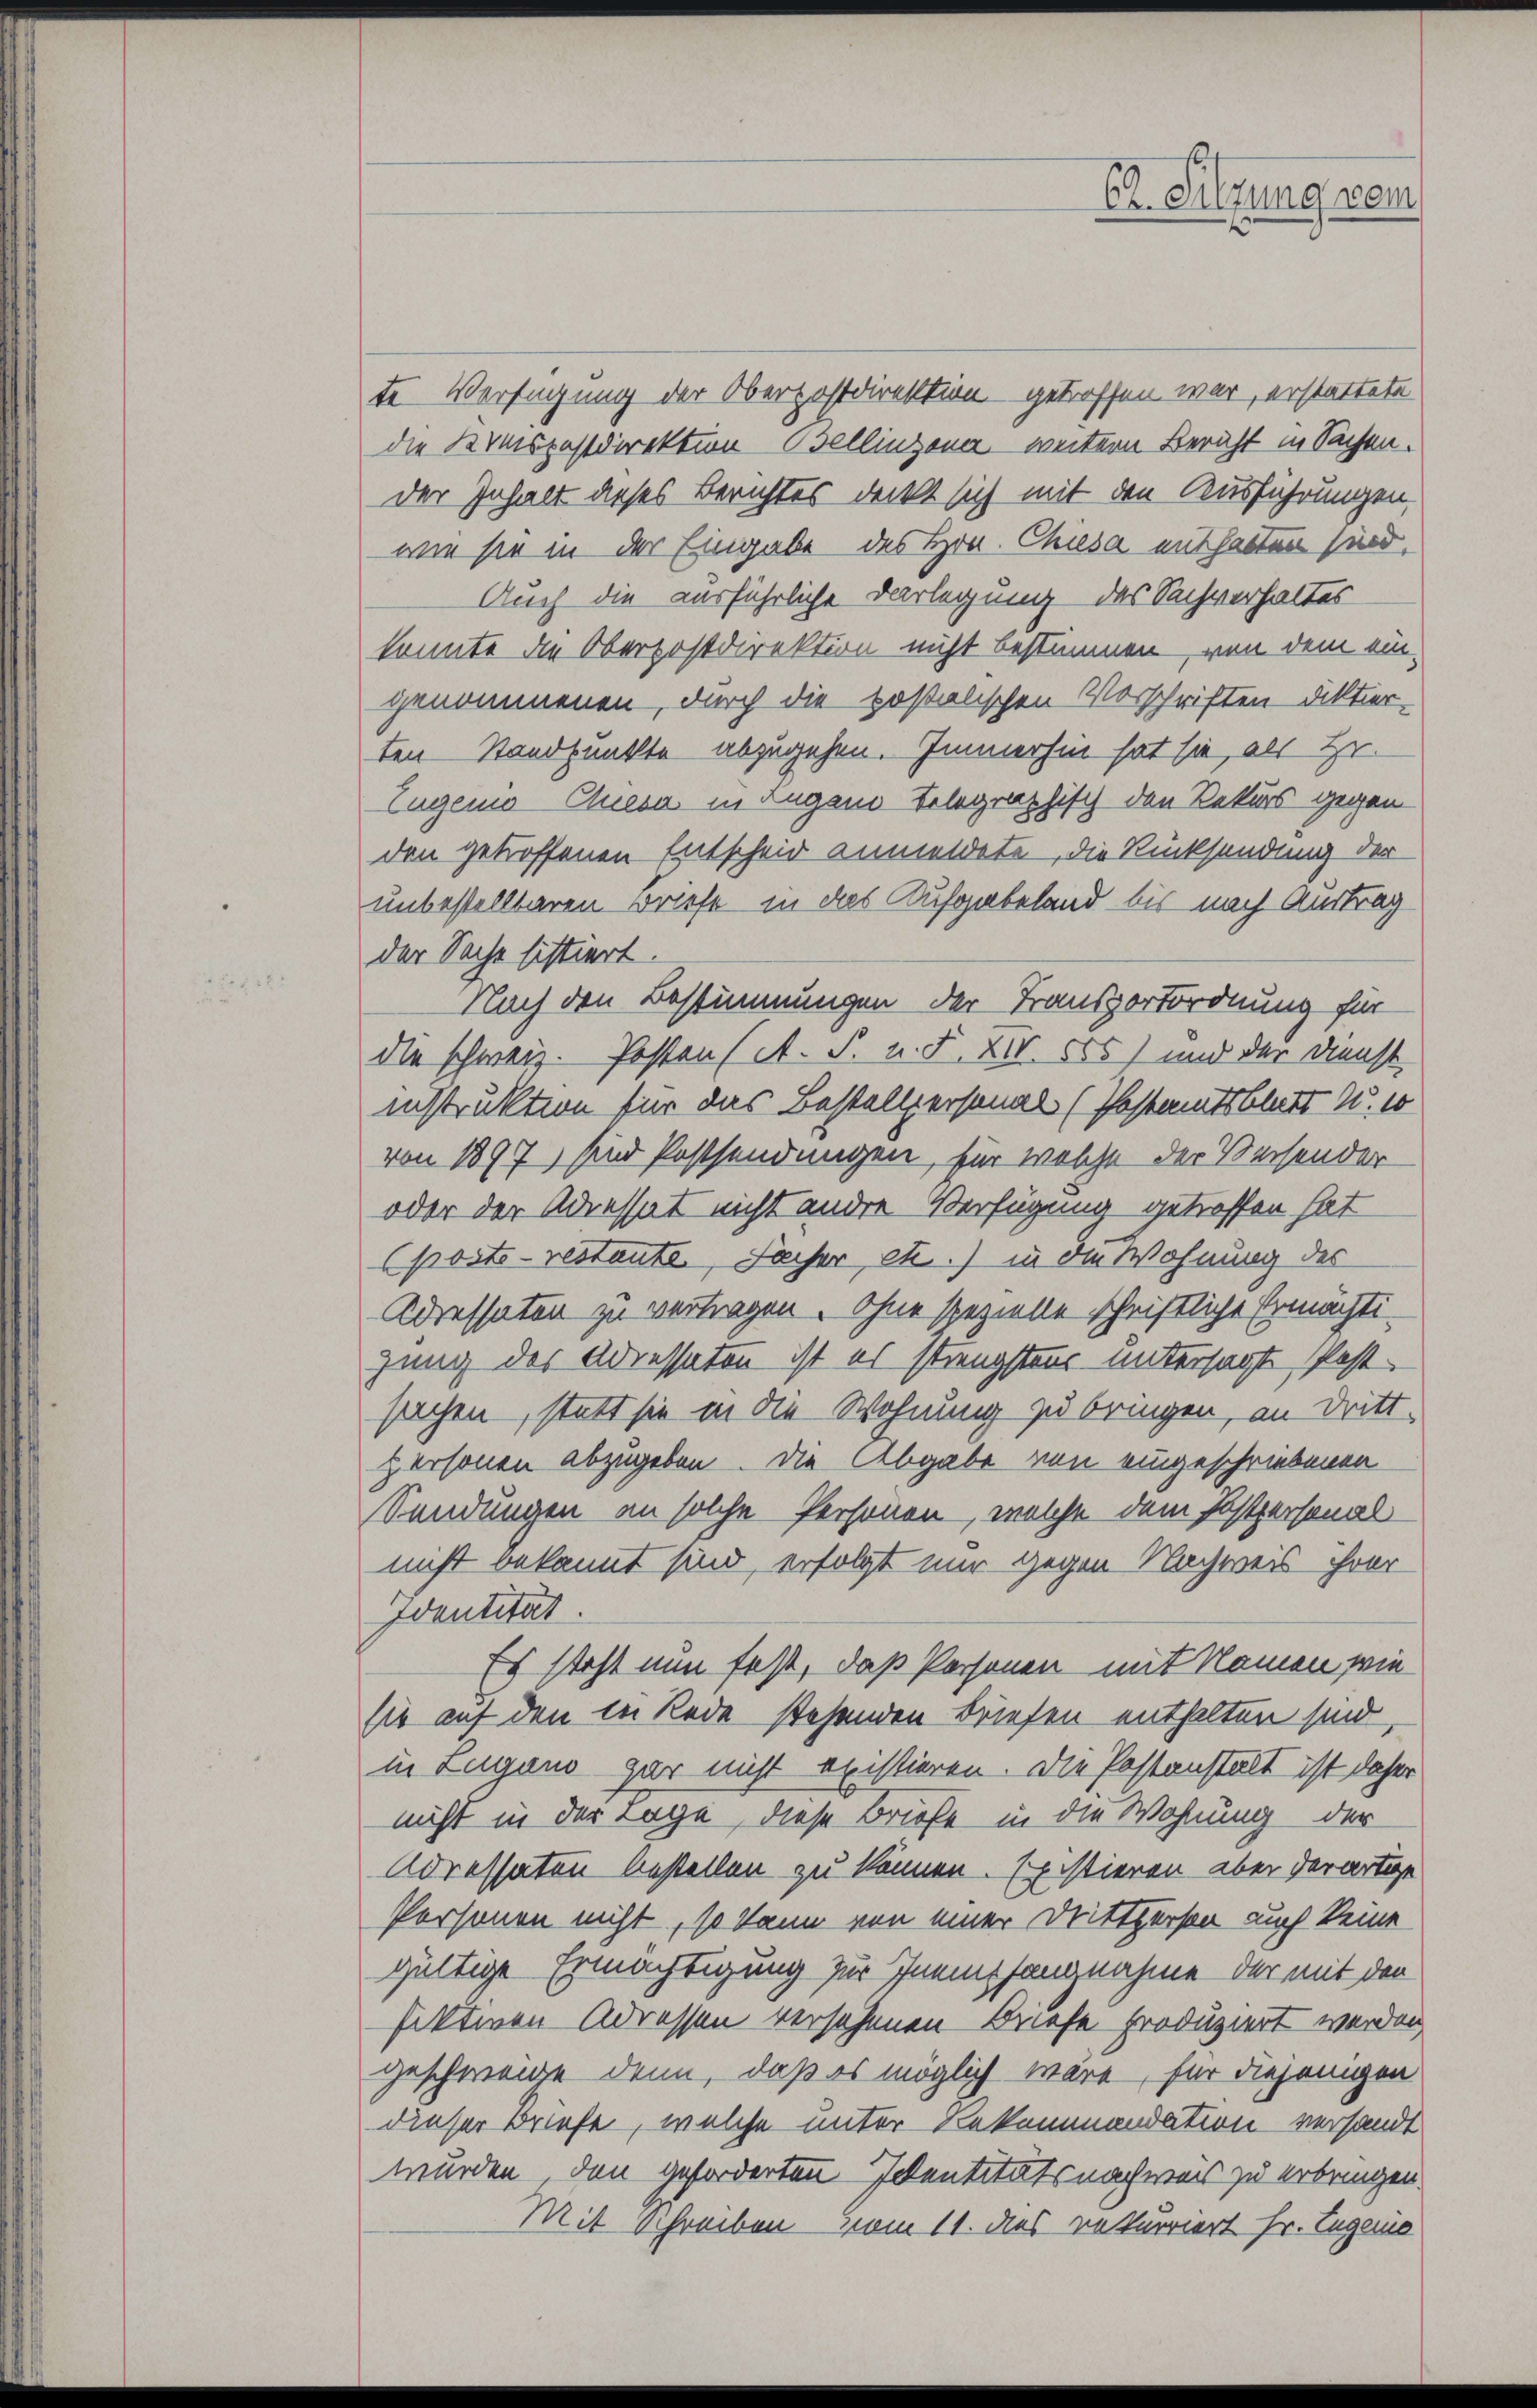
te Verfügung der Oberpostdirektion getroffen war, erstattete
die Kreispostdirektion Bellinzona weitern Bericht in Sachen.
der Inhalt dieses Berichtes deckt sich mit den Ausführungen,
wie sie in der Eingabe des Hrn. Chiesa enthalten sind,
Auch die ausführliche Darlegung des Sachverhaltes
konnte die Oberpostdirektion nicht bestimmen, von dem ein-
genommenen, durch die postalischen Vorschriften Diktier-
ten Standpunkte abzugehen. Immerhin hat sie, als Hr.
Eugen Quera in Lugano telegraphisch den Rekurs gegen
den getroffenen Entscheid anmeldete, die Rücksendung der
unbestellbaren Briefe in das Aufgabeland bis nach Austrag
der Sache sistiert.
Nach den Bestimmungen der Transportordnung für
die schwer. Posten (A. S. u. F. XIV 565) und der Dienst
instruktion für das Bestellpersonal (Pestamtsblatt u. 10
von 1897 sind Postsendungen, für welche der Versonder
oder der Adressat nicht andere Verfügung getroffen hat
posterestante, Facher, etc.) in die Wohnung des
Adressaten zu vertragen. Ohne spezielle schriftliche Ermächtigung des Adressaten ist es strengstens untersagt, Post
sachen, statt sie in die Wohnung zu bringen, an Dritt-
personen abzugeben. Die Abgabe von eingeschriebenen
Sendungen an solche Personen, welche dem Postpersonal
nicht bekannt sind, erfolgt mir gegen Nachweis ihrer
Identität.
Es steht nun fest, daß Personen mit Namen wie
sie auf den in Rede stehenden Briefen enthalten sind,
in Lugano gar nicht existieren. Die Postanstalt ist daher
nicht in der Tage, diese Briefe in die Wohnung der
Adressaten bestellen zu können. Existieren aber derartige
Personen nicht, so kann von einer Drittperson auch keine
gültige Ermächtigung zur Inempfangnahme der mit den
fektiven Adressen versehenen Briefe produziert werden,
geschweige denn, daß es möglich wäre, für diejenigen
dieser Briefe, welche unter Rekommandation versandt
wurden, den geforderten Identitätsnachweis zu erbringen.
Mit Schreiben vom 11. des rekurriert Hr. Eugenie

Er Sitzung vom